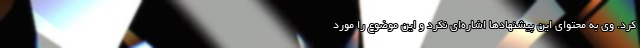
کرد. وی به محتوای این پیشنهادها اشاره‌ای نکرد و این موضوع را مورد